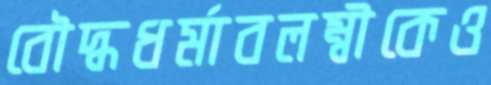
বৌদ্ধধর্মাবলম্বীকেও